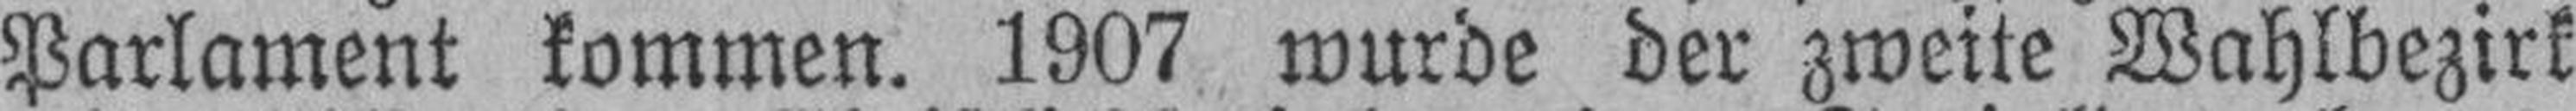
Parlament kommen. 1907 wurde der zweite Wahlbezirk